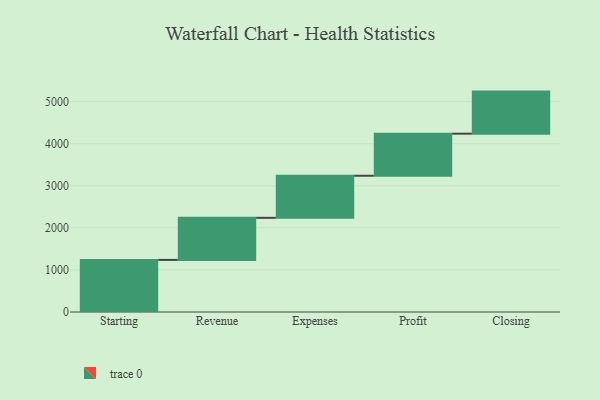
{"axis": {"x": "Step", "y": "Value"}, "legend": [""], "data": [{"x": "Starting", "y": 1238.0, "type": ""}, {"x": "Revenue", "y": 1000, "type": ""}, {"x": "Expenses", "y": 1000, "type": ""}, {"x": "Profit", "y": 1000, "type": ""}, {"x": "Closing", "y": 1000, "type": ""}]}